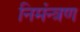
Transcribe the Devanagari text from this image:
निमंन्त्रण